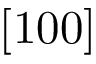
[ 1 0 0 ]